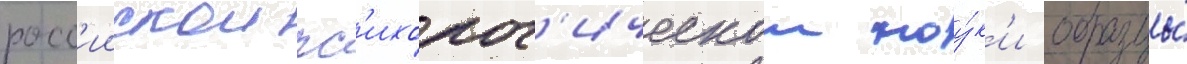
росс'иискои пс'ихолог'ическои нау́к'и образцы́